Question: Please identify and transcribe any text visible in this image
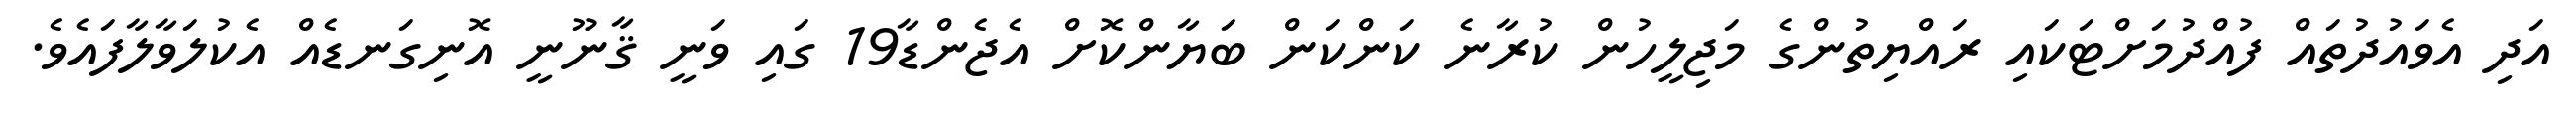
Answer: އަދި އެވައުދުތައް ފުއްދުމަށްޓަކައި ރައްޔިތުންގެ މަޖިލީހުން ކުރާނެ ކަންކަން ބަޔާންކޮށް އެޖެންޑާ19 ގައި ވަނީ ޤާނޫނީ އޮނިގަނޑެއް އެކުލަވާލާފައެވެ.